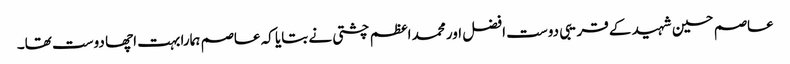
عاصم حسین شہید کے قریبی دوست افضل اور محمد اعظم چشتی نے بتایا کہ عاصم ہمارا بہت اچھا دوست تھا۔